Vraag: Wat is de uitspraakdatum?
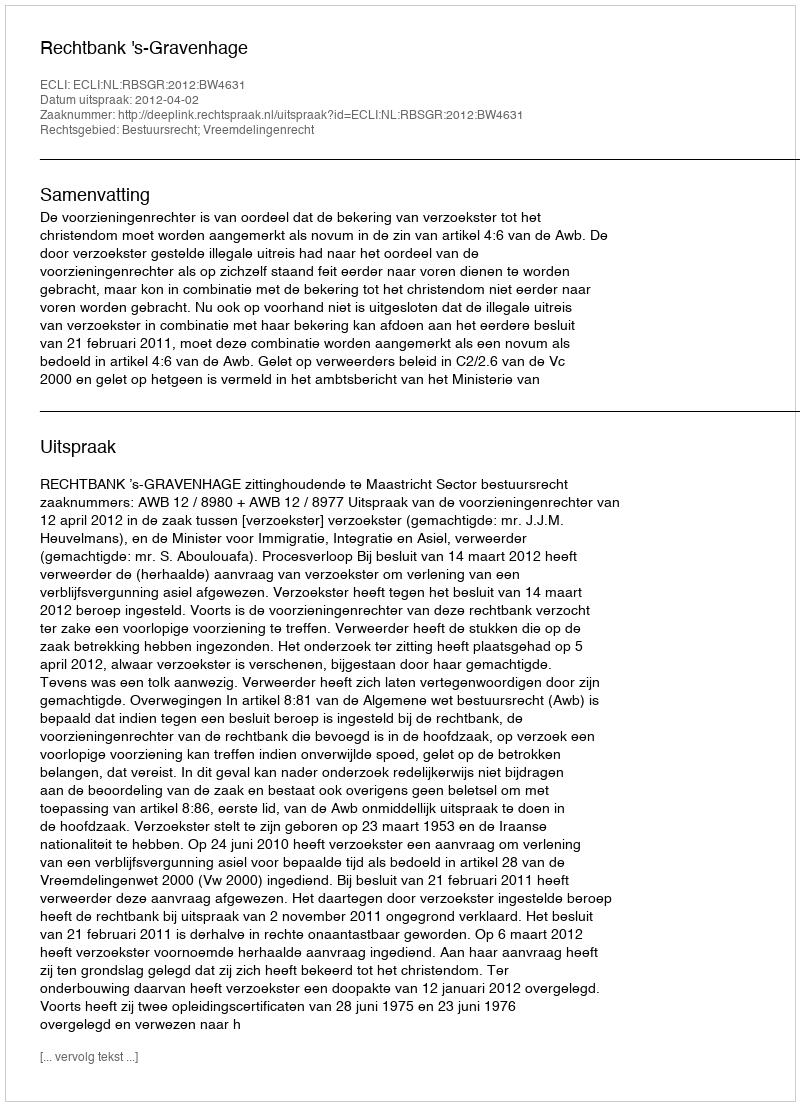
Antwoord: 2012-04-02